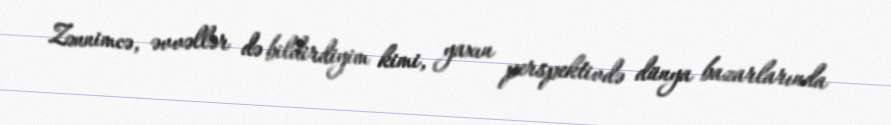
Zənnimcə, əvvəllər də bildirdiyim kimi, yaxın perspektivdə dünya bazarlarında